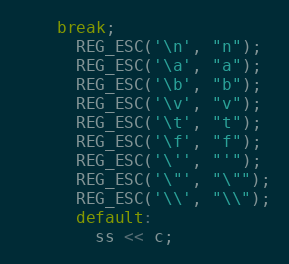
Language: C++
    break;
      REG_ESC('\n', "n");
      REG_ESC('\a', "a");
      REG_ESC('\b', "b");
      REG_ESC('\v', "v");
      REG_ESC('\t', "t");
      REG_ESC('\f', "f");
      REG_ESC('\'', "'");
      REG_ESC('\"', "\"");
      REG_ESC('\\', "\\");
      default:
        ss << c;